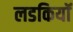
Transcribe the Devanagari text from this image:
लडकियॉ